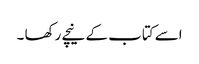
اسے کتاب کے نیچے رکھا ۔